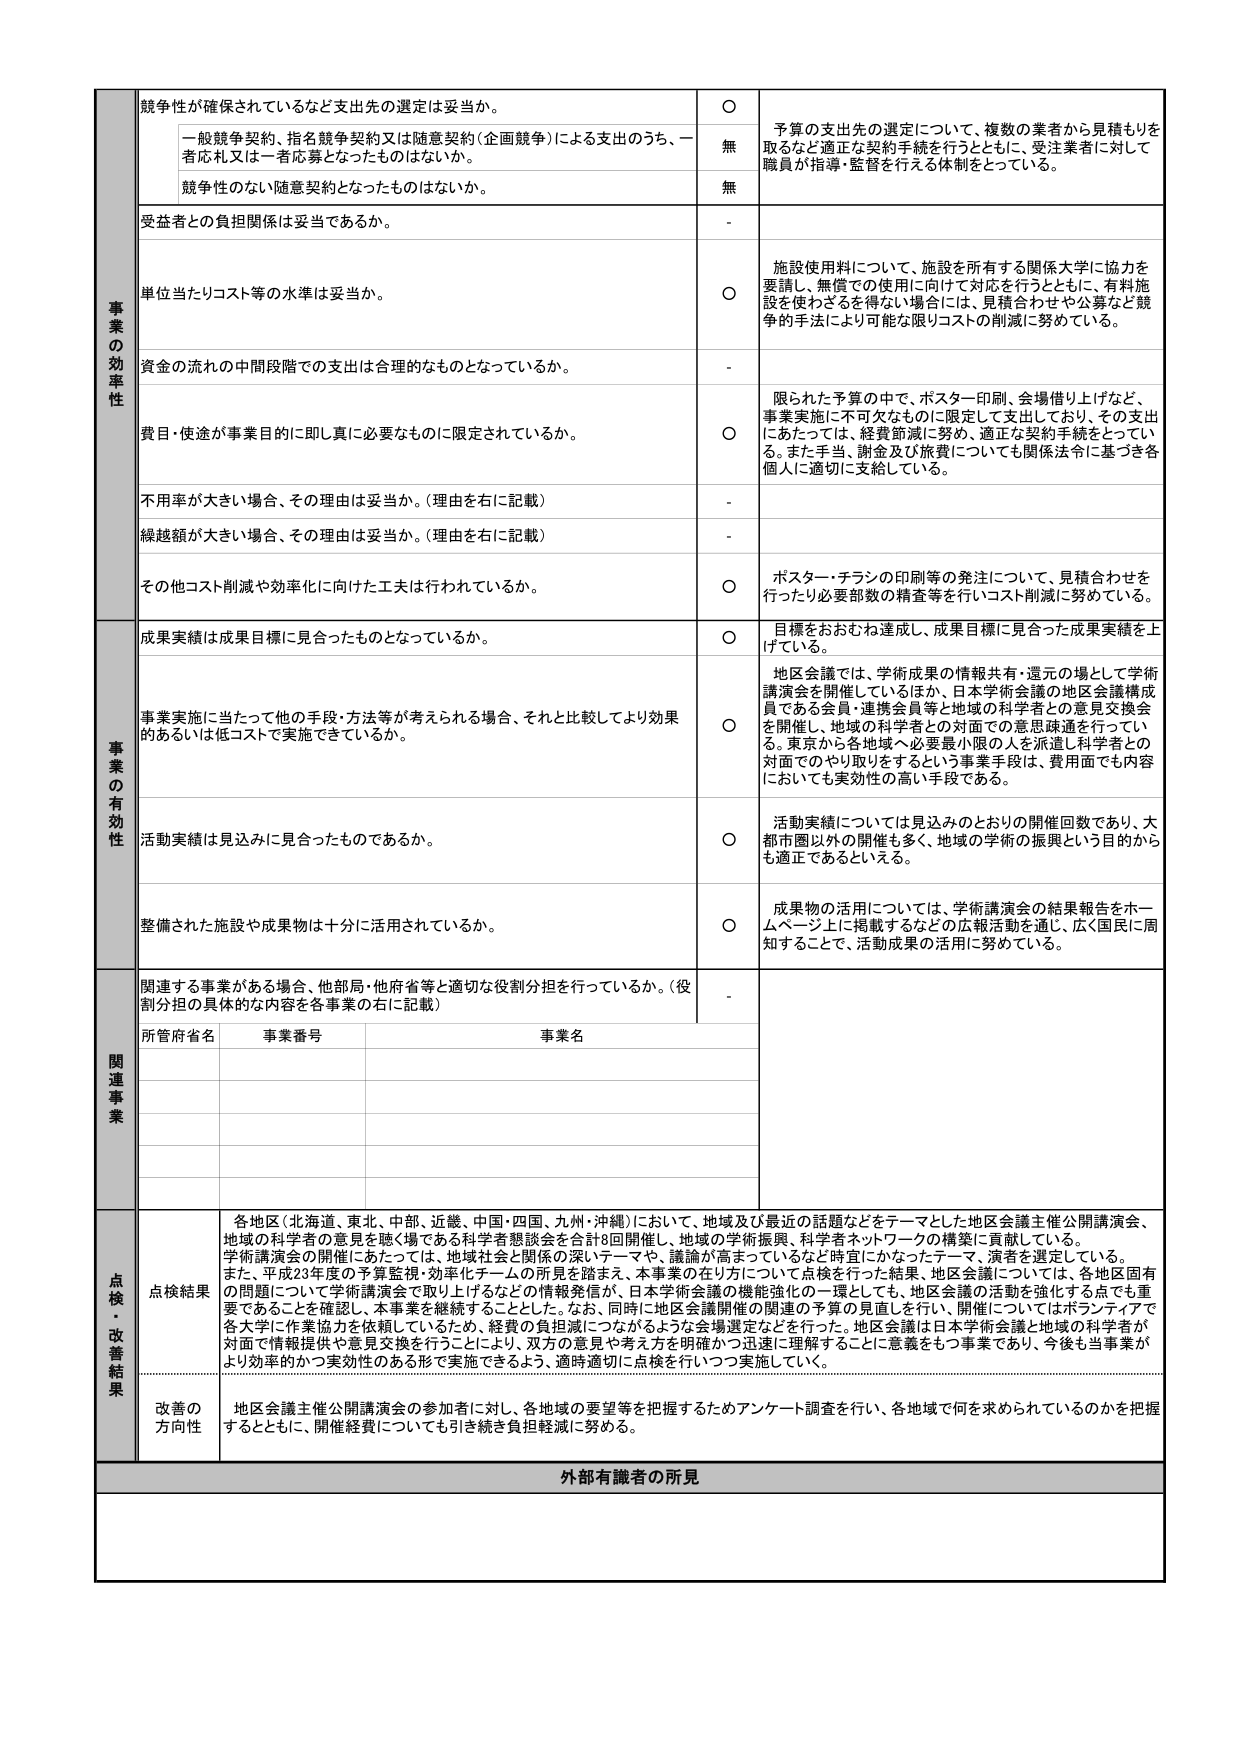
事業の効率性
競争性が確保されているなど支出先の選定は妥当か。
○
予算の支出先の選定について、複数の業者から見積もりを
取るなど適正な契約手続を行うとともに、受注業者に対して
職員が指導・監督を行える体制をとっている。
一般競争契約、指名競争契約又は随意契約（企画競争）による支出のうち、一
者応札又は一者応募となったものはないか。
無
競争性のない随意契約となったものはないか。
無
受益者との負担関係は妥当であるか。
-
単位当たりコスト等の水準は妥当か。
○
施設使用料について、施設を所有する関係大学に協力を
要請し、無償での使用に向けて対応を行うとともに、有料施
設を使わざるを得ない場合には、見積合わせや公募など競
争的手法により可能な限りコストの削減に努めている。
資金の流れの中間段階での支出は合理的なものとなっているか。
-
費目・用途が事業目的に即し真に必要なものに限定されているか。
○
限られた予算の中で、ポスター印刷、会場借り上げなど、
事業実施に不可欠なものに限定して支出しており、その支出
にあたっては、経費節減に努め、適正な契約手続をとってい
る。また手当、謝金及び旅費についても関係法令に基づき各
個人に適切に支給している。
不用率が大きい場合、その理由は妥当か。（理由を右に記載）
-
繰越額が大きい場合、その理由は妥当か。（理由を右に記載）
-
その他コスト削減や効率化に向けた工夫は行われているか。
○
ポスター・チラシの印刷等の発注について、見積合わせを
行ったり必要部数の精査等を行いコスト削減に努めている。
事業の有効性
成果実績は成果目標に見合ったものとなっているか。
○
目標をおおむね達成し、成果目標に見合った成果実績を上
げている。
事業実施に当たって他の手段・方法等が考えられる場合、それと比較してより効果
的あるいは低コストで実施できているか。
○
地区会議では、学術成果の情報共有・還元の場として学術
講演会を開催しているほか、日本学術会議の地区会議構成
員である会員・連携会員等と地域の科学者との意見交換会
を開催し、地域の科学者との対面での意思疎通を行ってい
る。東京から各地域へ必要最小限の人を派遣し科学者との
対面でのやり取りを行うという事業手段は、費用面でも内容
においても実効性の高い手段である。
活動実績は見込みに見合ったものであるか。
○
活動実績については見込みのとおりの開催回数であり、大
都市圏以外の開催も多く、地域の学術の振興という目的から
も適正であるといえる。
整備された施設や成果物は十分に活用されているか。
○
成果物の活用については、学術講演会の結果報告をホー
ムページ上に掲載するなどの広報活動を通じ、広く国民に周
知することで、活動成果の活用に努めている。
関連事業
関連する事業がある場合、他部局・他府省等と適切な役割分担を行っているか。（役
割分担の具体的な内容を各事業の右に記載）
-
所管府省名
事業番号
事業名

点検・改善結果
点検結果
各地区（北海道、東北、中部、近畿、中国・四国、九州・沖縄）において、地域及び最近の話題などをテーマとした地区会議主催公開講演会、
地域の科学者の意見を聴く場である科学者懇談会を合計8回開催し、地域の学術振興、科学者ネットワークの構築に貢献している。
学術講演会の開催にあたっては、地域社会と関係の深いテーマや、議論が高まっているなど時宜にかなったテーマ、演者を選定している。
また、平成23年度の予算監視・効率化チームの所見を踏まえ、本事業の在り方について点検を行った結果、地区会議については、各地区固有
の問題について学術講演会で取り上げるなどの情報発信が、日本学術会議の機能強化の一環としても、地区会議の活動を強化する点でも重
要であることを確認し、本事業を継続することとした。なお、同時に地区会議開催の関連の予算の見直しを行い、開催についてはボランティアで
各大学に作業協力を依頼しているため、経費の負担減につながるような会場選定などを行った。地区会議は日本学術会議と地域の科学者が
対面で情報提供や意見交換を行うことにより、双方の意見や考え方を明確かつ迅速に理解することに意義をもつ事業であり、今後も当事業が
より効率的かつ実効性のある形で実施できるよう、適時適切に点検を行いつつ実施していく。
改善の
方向性
地区会議主催公開講演会の参加者に対し、各地域の要望等を把握するためアンケート調査を行い、各地域で何を求められているのかを把握
するとともに、開催経費についても引き続き負担軽減に努める。
外部有識者の所見